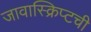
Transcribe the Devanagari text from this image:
जावास्क्रिप्टची